Civil Veterinary Dept. Assam report 1927-50 - 1927-1950
Year: 1927
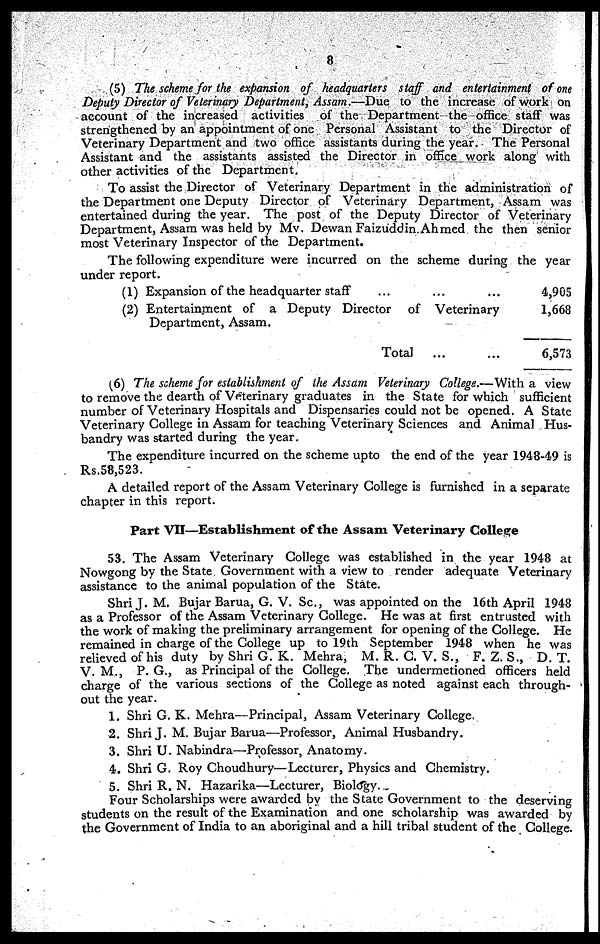
8
(5) The scheme for the expansion of headquarters staff and entertainment of one
Deputy Director of Veterinary Department, Assam.—Due to the increase of work on
account of the increased activities of the Department the office staff was
strengthened by an appointment of one Personal Assistant to the Director of
Veterinary Department and two office assistants during the year. The Personal
Assistant and the assistants assisted the Director in office work along with
other activities of the Department.
To assist the Director of Veterinary Department in the administration of
the Department one Deputy Director of Veterinary Department, Assam was
entertained during the year. The post of the Deputy Director of Veterinary
Department, Assam was held by Mv. Dewan Faizuddin Ahmed the then senior
most Veterinary Inspector of the Department.
The following expenditure were incurred on the scheme during the year
under report.
(1) Expansion of the headquarter staff ... ... ...
(2) Entertainment of a Deputy Director of Veterinary
Department, Assam.
Total
... ...
4,905
1,668
6,573
(6) The scheme for establishment of the Assam Veterinary College.—With a view
to remove the dearth of Veterinary graduates in the State for which sufficient
number of Veterinary Hospitals and Dispensaries could not be opened. A State
Veterinary College in Assam for teaching Veterinary Sciences and Animal Hus-
bandry was started during the year.
The expenditure incurred on the scheme upto the end of the year 1948-49 is
Rs.58,523.
A detailed report of the Assam Veterinary College is furnished in a separate
chapter in this report.
Part VII—Establishment of the Assam Veterinary College
53. The Assam Veterinary College was established in the year 1948 at
Nowgong by the State Government with a view to render adequate Veterinary
assistance to the animal population of the State.
Shri J. M. Bujar Barua, G. V. Sc, was appointed on the 16th April 1948
as a Professor of the Assam Veterinary College. He was at first entrusted with
the work of making the preliminary arrangement for opening of the College. He
remained in charge of the College up to 19th September 1948 when he was
relieved of his duty by Shri G. K. Mehra, M. R. G. V. S., F. Z. S., D. T.
V. M., P. G., as Principal of the College. The undermetioned officers held
charge of the various sections of the College as noted against each through-
out the year.
1. Shri G. K. Mehra—Principal, Assam Veterinary College.
2. Shri J. M. Bujar Barua—Professor, Animal Husbandry.
3. Shri U. Nabindra—Professor, Anatomy.
4. Shri G. Roy Choudhury—Lecturer, Physics and Chemistry.
5. Shri R. N. Hazarika—Lecturer, Biology.
Four Scholarships were awarded by the State Government to the deserving
students on the result of the Examination and one scholarship was awarded by
the Government of India to an aboriginal and a hill tribal student of the College.